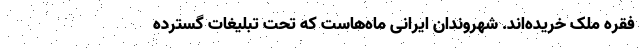
فقره ملک خریده‌اند. شهروندان ایرانی ماه‌هاست که تحت تبلیغات گسترده